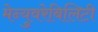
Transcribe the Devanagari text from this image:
मेन्युवरेबिलिटी